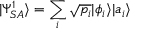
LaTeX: | \Psi _ { S A } ^ { 1 } \rangle = \sum _ { i } { \sqrt { p _ { i } } } | \phi _ { i } \rangle | a _ { i } \rangle